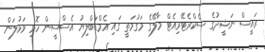
ރައީސް ނަޝީދުގެ ސެކްރެޓޭރިއެޓް މާލޭގެ މަގުމަތީ ގައި އެމްޑަބްލިޔު އެސްސީން ހޮޅި ވަޅުލަން